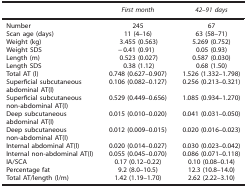
<table><thead><tr><td><b> </b></td><td><b><i>First month</i></b></td><td><b><i>42–91 days</i></b></td></tr></thead><tbody><tr><td>Number</td><td>245</td><td>67</td></tr><tr><td>Scan age (days)</td><td>11 (4–16)</td><td>63 (58–71)</td></tr><tr><td>Weight (kg)</td><td>3.455 (0.563)</td><td>5.269 (0.752)</td></tr><tr><td>Weight SDS</td><td>−0.41 (0.91)</td><td>0.05 (0.93)</td></tr><tr><td>Length (m)</td><td>0.523 (0.027)</td><td>0.587 (0.030)</td></tr><tr><td>Length SDS</td><td>0.38 (1.12)</td><td>0.68 (1.50)</td></tr><tr><td>Total AT (l)</td><td>0.748 (0.627–0.907)</td><td>1.526 (1.332–1.798)</td></tr><tr><td>Superficial subcutaneous abdominal AT(l)</td><td>0.106 (0.082–0.127)</td><td>0.256 (0.213–0.321)</td></tr><tr><td>Superficial subcutaneous non-abdominal AT(l)</td><td>0.529 (0.449–0.656)</td><td>1.085 (0.934–1.270)</td></tr><tr><td>Deep subcutaneous abdominal AT(l)</td><td>0.015 (0.010–0.020)</td><td>0.041 (0.031–0.050)</td></tr><tr><td>Deep subcutaneous non-abdominal AT(l)</td><td>0.012 (0.009–0.015)</td><td>0.020 (0.016–0.023)</td></tr><tr><td>Internal abdominal AT(l)</td><td>0.020 (0.014–0.027)</td><td>0.030 (0.023–0.042)</td></tr><tr><td>Internal non-abdominal AT(l)</td><td>0.055 (0.045–0.070)</td><td>0.086 (0.071–0.118)</td></tr><tr><td>IA/SCA</td><td>0.17 (0.12–0.22)</td><td>0.10 (0.08–0.14)</td></tr><tr><td>Percentage fat</td><td>9.2 (8.0–10.5)</td><td>12.3 (10.8–14.0)</td></tr><tr><td>Total AT/length (l/m)</td><td>1.42 (1.19–1.70)</td><td>2.62 (2.22–3.10)</td></tr></tbody></table>